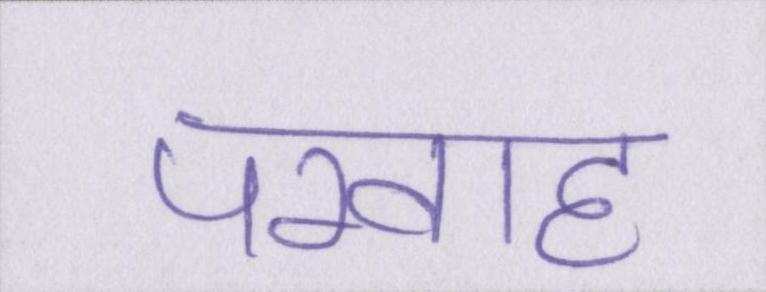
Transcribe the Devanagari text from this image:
परवाह